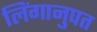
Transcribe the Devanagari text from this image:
लिंगानुपत